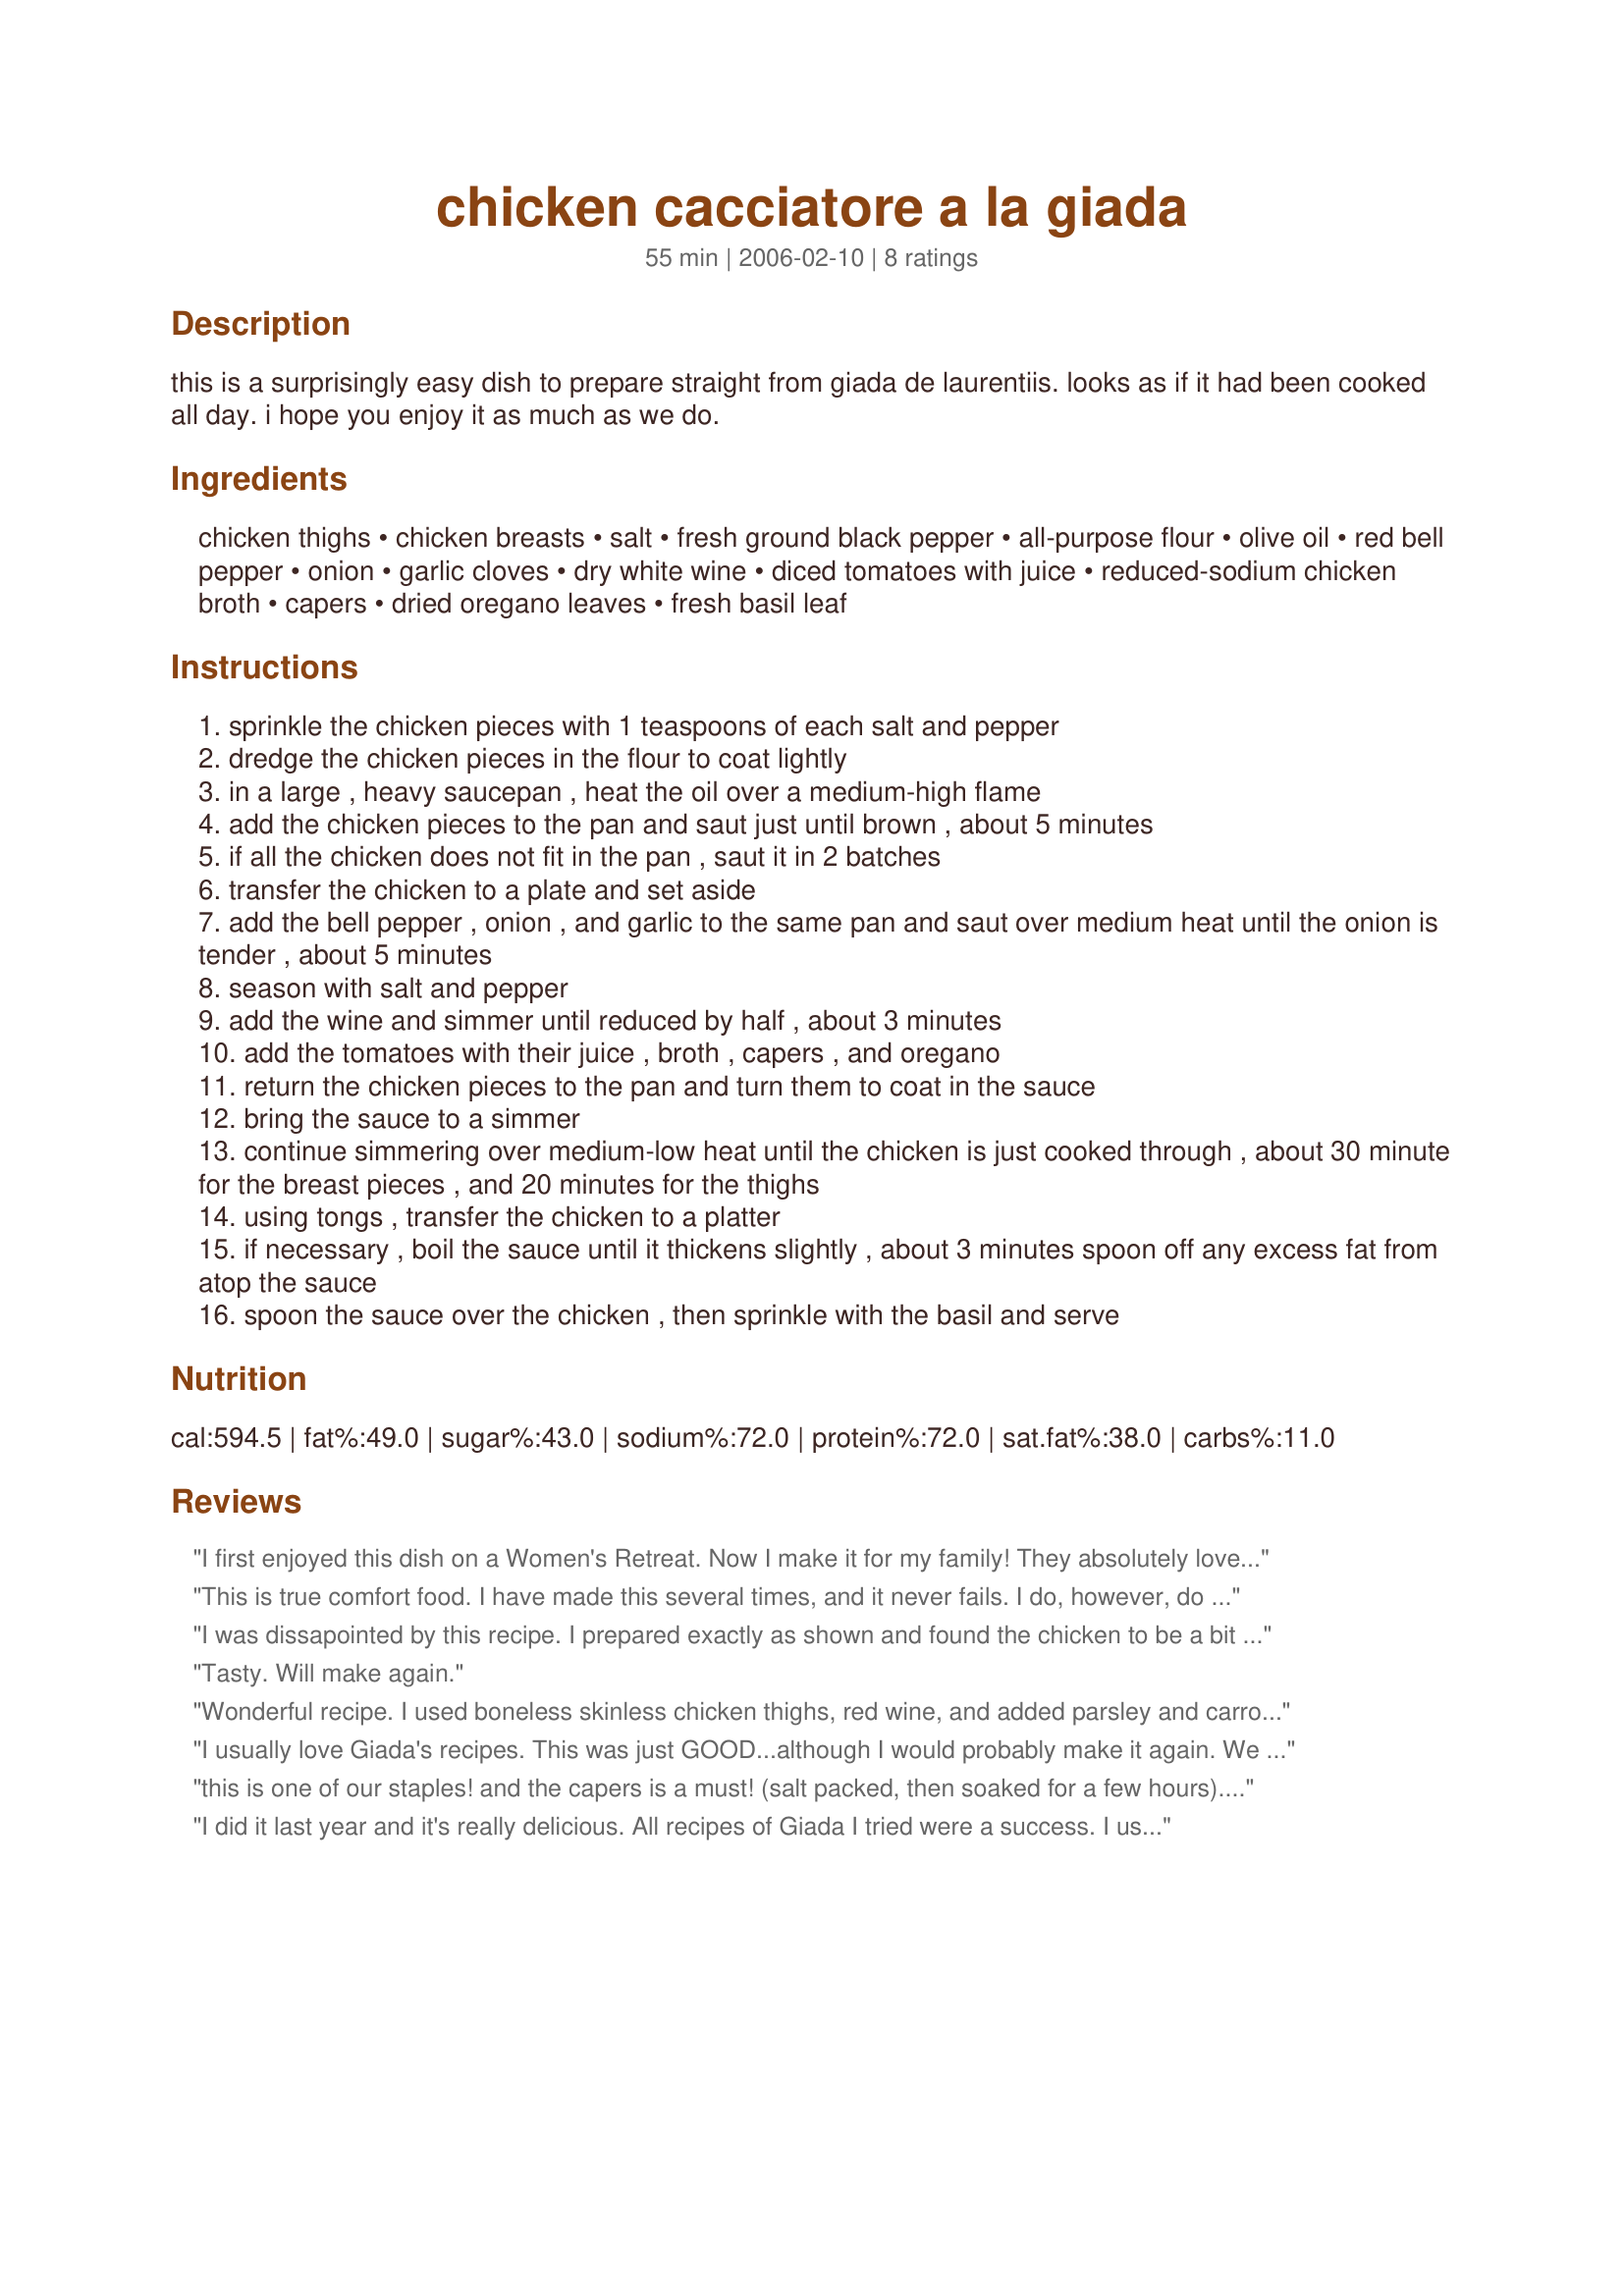
chicken cacciatore a la giada
Preparation time: 55 minutes

this is a surprisingly easy dish to prepare straight from giada de laurentiis. looks as if it had been cooked all day. i hope you enjoy it as much as we do.

Ingredients:
chicken thighs, chicken breasts, salt, fresh ground black pepper, all-purpose flour, olive oil, red bell pepper, onion, garlic cloves, dry white wine, diced tomatoes with juice, reduced-sodium chicken broth, capers, dried oregano leaves, fresh basil leaf

Steps:
sprinkle the chicken pieces with 1 teaspoons of each salt and pepper
dredge the chicken pieces in the flour to coat lightly
in a large , heavy saucepan , heat the oil over a medium-high flame
add the chicken pieces to the pan and saut just until brown , about 5 minutes
if all the chicken does not fit in the pan , saut it in 2 batches
transfer the chicken to a plate and set aside
add the bell pepper , onion , and garlic to the same pan and saut over medium heat until the onion is tender , about 5 minutes
season with salt and pepper
add the wine and simmer until reduced by half , about 3 minutes
add the tomatoes with their juice , broth , capers , and oregano
return the chicken pieces to the pan and turn them to coat in the sauce
bring the sauce to a simmer
continue simmering over medium-low heat until the chicken is just cooked through , about 30 minute for the breast pieces , and 20 minutes for the thighs
using tongs , transfer the chicken to a platter
if necessary , boil the sauce until it thickens slightly , about 3 minutes spoon off any excess fat from atop the sauce
spoon the sauce over the chicken , then sprinkle with the basil and serve

Reviews:
I first enjoyed this dish on a Women's Retreat. Now I make it for my family! They absolutely love it!
This is true comfort food. I have made this several times, and it never fails. I do, however, do it all in a heavy pot on the stove, then finish it in the oven. It does give it more of a stew feel, but the chicken falls off the bone and the flavors are perfect cacciatore! I think the thigh meat translates better than breast meat in this type of dish.
I was dissapointed by this recipe. I prepared exactly as shown and found the chicken to be a bit dry and not flavored well. It didnt seem to soak up the wonderful flavors of the sauce.
Tasty. Will make again.
Wonderful recipe. I used boneless skinless chicken thighs, red wine, and added parsley and carrots. It was a wonderful hearty supper!
I usually love Giada's recipes. This was just GOOD...although I would probably make it again. We liked it enough. I guess I was just expecting a little more.
this is one of our staples! and the capers is a must! (salt packed, then soaked for a few hours). It's great with broccoli rabe and whole wheat linguine tossed with garlic, lemon zest, capers, and olive oil.
I did it last year and it's really delicious. All recipes of Giada I tried were a success. I used only chicken breasts.
